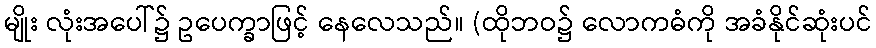
မျိုး လုံးအပေါ်၌ ဥပေက္ခာဖြင့် နေလေသည်။ (ထိုဘဝ၌ လောကဓံကို အခံနိုင်ဆုံးပင်